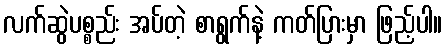
လက်ဆွဲပစ္စည်း အပ်တဲ့ စာရွက်နဲ့ ကတ်ပြားမှာ ဖြည့်ပါ။